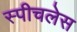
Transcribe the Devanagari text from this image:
स्‍पीचलेस